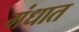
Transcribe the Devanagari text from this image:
गंधात